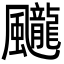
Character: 𩙘